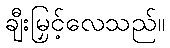
ချီးမြှင့်လေသည်။